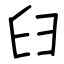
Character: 𦥑